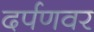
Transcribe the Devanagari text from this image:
दर्पणवर